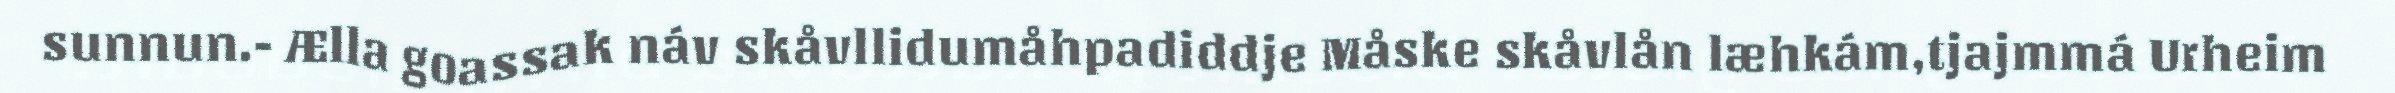
sunnun.- Ælla goassak náv skåvllidumåhpadiddje Måske skåvlån læhkám,tjajmmá Urheim